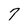
Character: 7